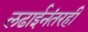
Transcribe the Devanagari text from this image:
लढाईनंतरही